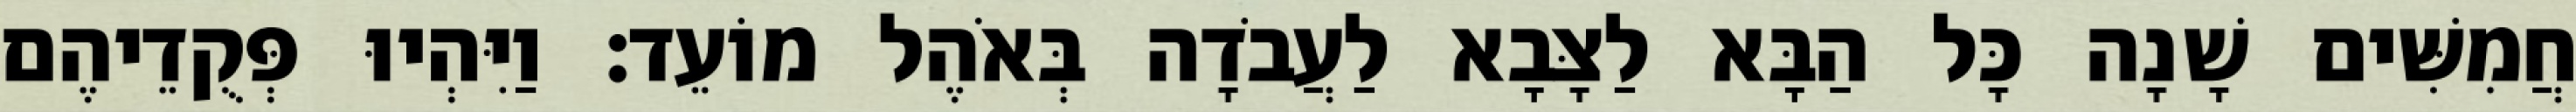
חֲמִשִּׁים שָׁנָה כָּל הַבָּא לַצָּבָא לַעֲבֹדָה בְּאֹהֶל מוֹעֵד׃ וַיִּהְיוּ פְּקֻדֵיהֶם